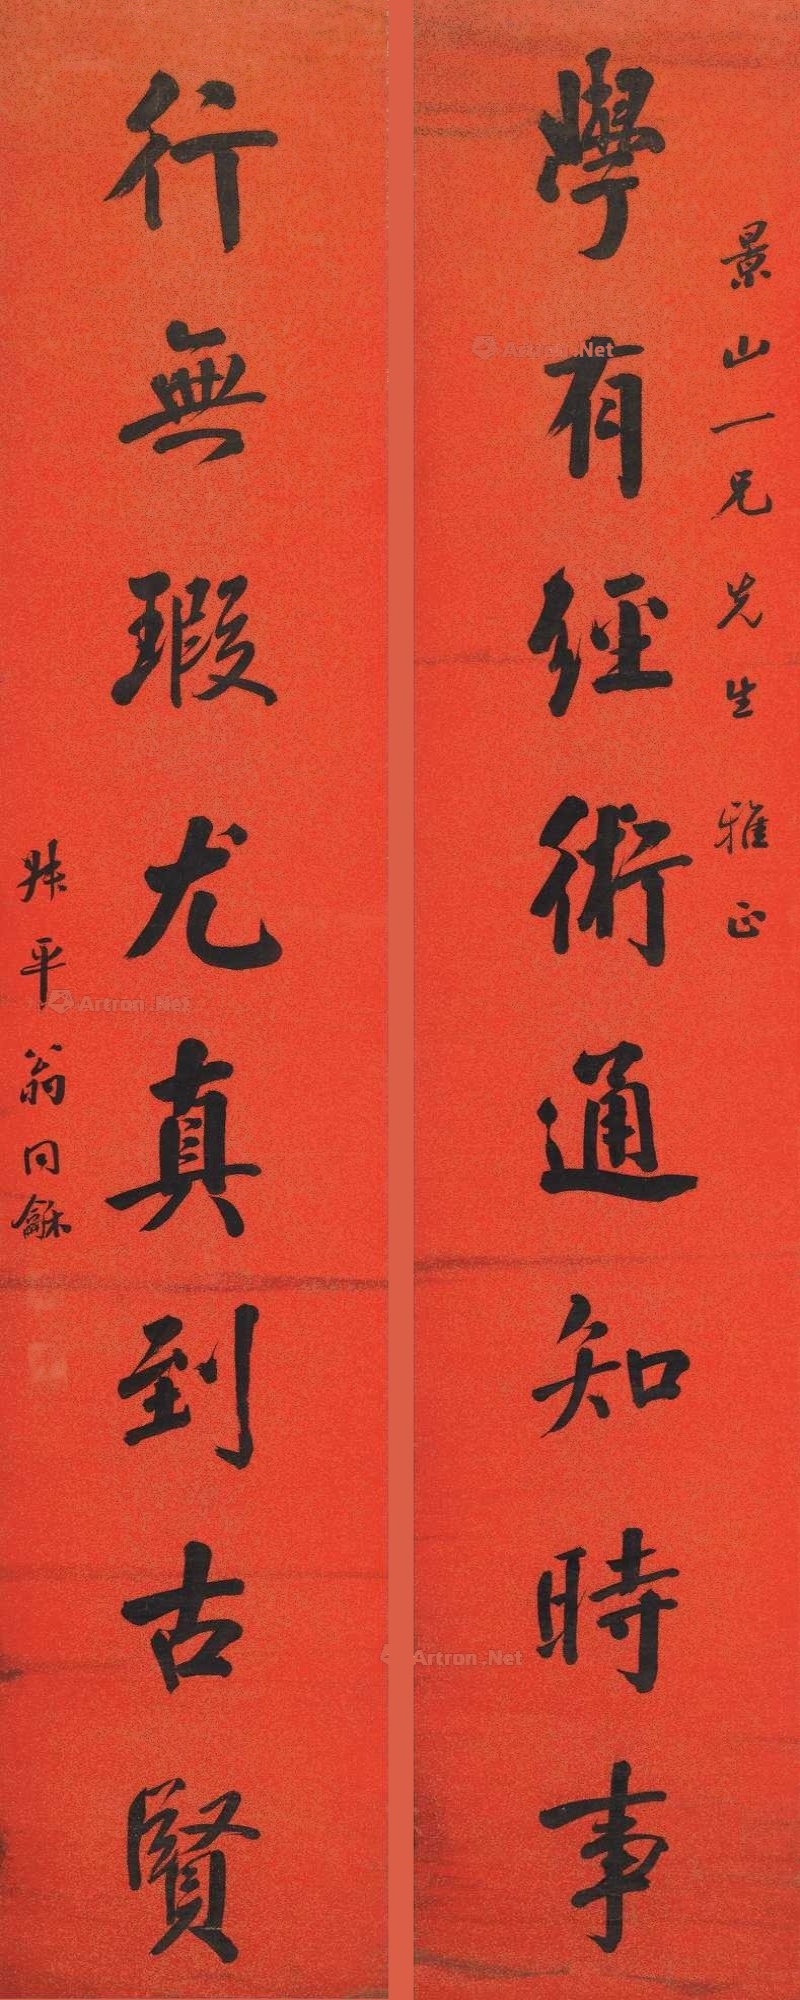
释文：学有经术通知时事，行无暇尤直造古贤。景山一兄先生雅正，叔平翁同龢。